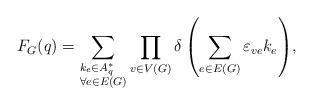
LaTeX: \begin{align*} F_G(q) = \sum_{ \begin{subarray}{e} k_e \in A^*_q \\ \forall e\in E(G) \end{subarray}} {\prod_{v \in V(G)} {\delta \left( {\sum_{e\in E(G)} {\varepsilon_{v e} } k_e } \right)} },\end{align*}